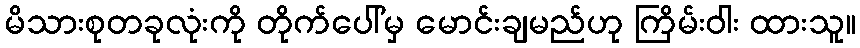
မိသားစုတခုလုံးကို တိုက်ပေါ်မှ မောင်းချမည်ဟု ကြိမ်းဝါး ထားသူ။